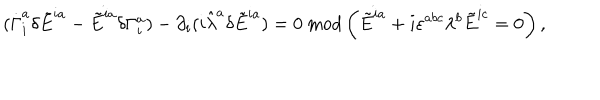
( \dot { \Gamma } _ { i } ^ { a } \delta \tilde { E } ^ { i a } - \dot { \tilde { E } ^ { i a } } \delta \Gamma _ { i } ^ { a } ) - \partial _ { i } ( i \hat { \lambda } ^ { a } \delta \tilde { E } ^ { i a } ) = 0 \ \mathrm { m o d } \left( \dot { \tilde { E } ^ { i a } } + i \varepsilon ^ { a b c } \lambda ^ { b } \tilde { E } ^ { i c } = 0 \right) ,